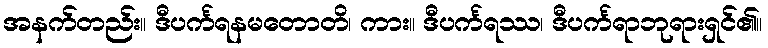
အနက်တည်း။ ဒီပင်္ကရနမတောတိ၊ ကား။ ဒီပင်္ကရဿ၊ ဒီပင်္ကရာဘုရားရှင်၏။